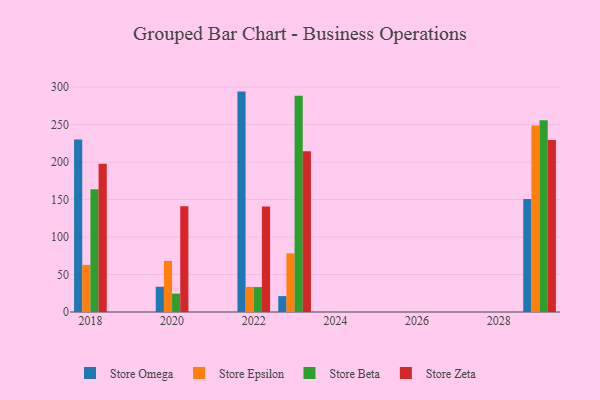
{"axis": {"x": "Year", "y": "Customer Acquisition Cost (USD)"}, "legend": ["Store Beta", "Store Epsilon", "Store Omega", "Store Zeta"], "data": [{"x": "2023", "y": 21.2, "type": "Store Omega"}, {"x": "2023", "y": 78.3, "type": "Store Epsilon"}, {"x": "2023", "y": 288.3, "type": "Store Beta"}, {"x": "2023", "y": 214.4, "type": "Store Zeta"}, {"x": "2029", "y": 150.6, "type": "Store Omega"}, {"x": "2029", "y": 248.9, "type": "Store Epsilon"}, {"x": "2029", "y": 255.8, "type": "Store Beta"}, {"x": "2029", "y": 229.6, "type": "Store Zeta"}, {"x": "2022", "y": 294.0, "type": "Store Omega"}, {"x": "2022", "y": 33.5, "type": "Store Epsilon"}, {"x": "2022", "y": 33.3, "type": "Store Beta"}, {"x": "2022", "y": 140.7, "type": "Store Zeta"}, {"x": "2020", "y": 33.7, "type": "Store Omega"}, {"x": "2020", "y": 68.1, "type": "Store Epsilon"}, {"x": "2020", "y": 24.5, "type": "Store Beta"}, {"x": "2020", "y": 140.9, "type": "Store Zeta"}, {"x": "2018", "y": 230.0, "type": "Store Omega"}, {"x": "2018", "y": 62.8, "type": "Store Epsilon"}, {"x": "2018", "y": 163.7, "type": "Store Beta"}, {"x": "2018", "y": 197.6, "type": "Store Zeta"}]}